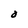
Character: O